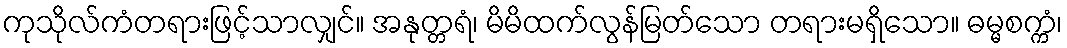
ကုသိုလ်ကံတရားဖြင့်သာလျှင်။ အနုတ္တရံ၊ မိမိထက်လွန်မြတ်သော တရားမရှိသော။ ဓမ္မစက္ကံ၊